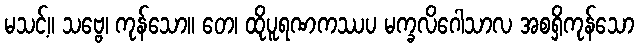
မသင့်။ သဗ္ဗေ၊ ကုန်သော။ တေ၊ ထိုပူရဏကဿပ မက္ခလိဂေါသာလ အစရှိကုန်သော